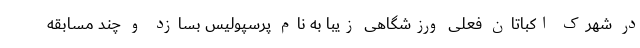
در شهرک اکباتان فعلی ورزشگاهی زیبا به نام پرسپولیس بسازد و چند مسابقه